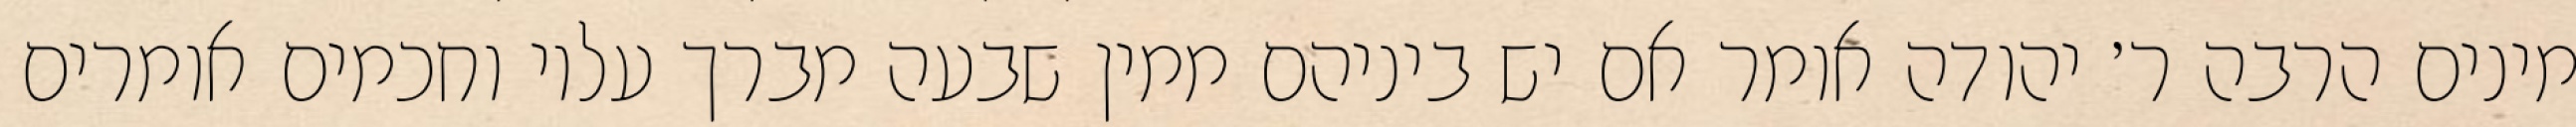
מינים הרבה ר׳ יהודה אומר אם יש ביניהם ממין שבעה מברך עליו וחכמים אומרים